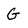
Character: G